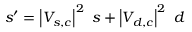
s ^ { \prime } = \left| V _ { s , c } \right| ^ { 2 } \ s + \left| V _ { d , c } \right| ^ { 2 } \ d